Document type: Emphyteutic lease
Year: 1316
Scribe: Guillem de Vila
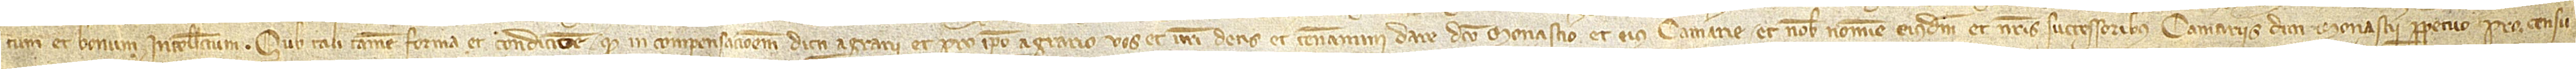
tum et bonum intellectum. Sub tali tamen forma et condicione quod in compensacionem dicti agrarii et pro ipso agrario vos et vestri detis et teneamini  dare dicto monasterio et eius camerarie et nobis nomine eiusdem et nostris successoribus camerariis dicti monasterii perpetuo pro censu